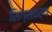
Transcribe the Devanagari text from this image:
सिग्सवर्थ